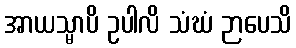
အာယသ္မာပိ ဥပါလိ သံဃံ ဉာပေသိ